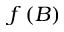
f \left( B \right)